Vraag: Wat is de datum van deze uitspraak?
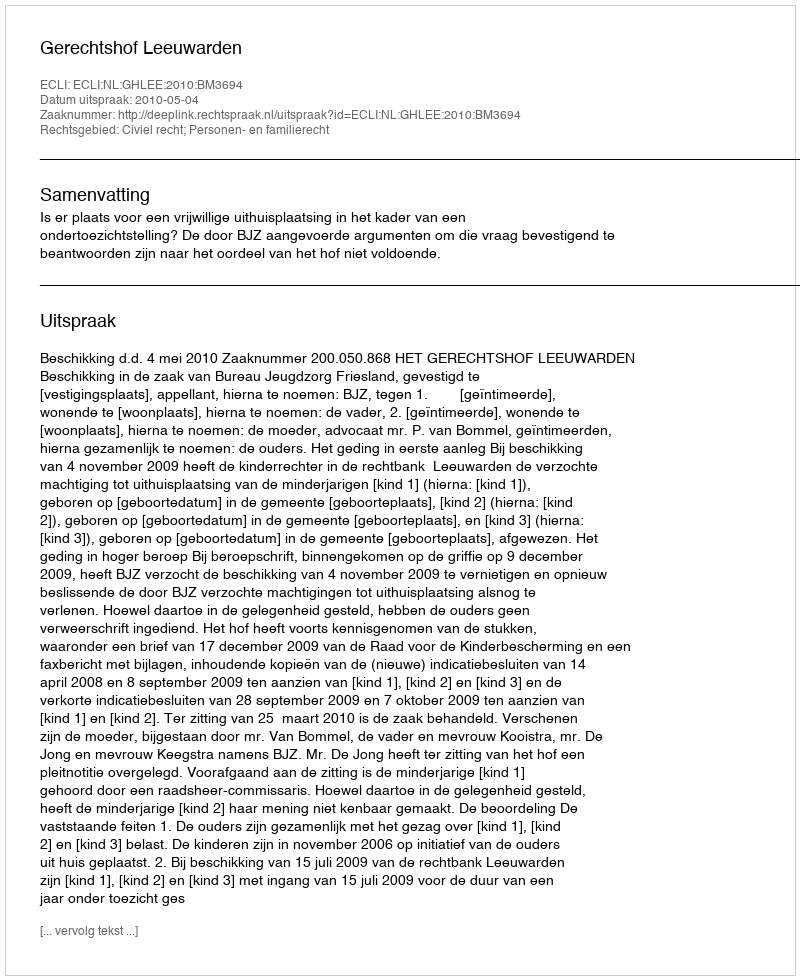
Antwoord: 2010-05-04